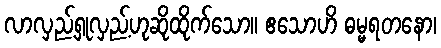
လာလှည့်ရှုလှည့်ဟုဆိုထိုက်သော။ ဧသောဟိ ဓမ္မရတနော၊